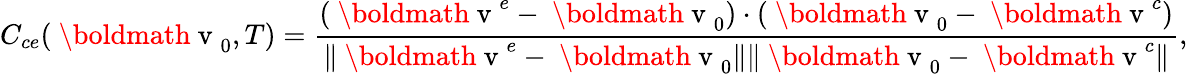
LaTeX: C_{ce}(\mathrm{~\boldmath~v~}_{0},T)=\frac{(\mathrm{~\boldmath~v~}^{e}-\mathrm{~\boldmath~v~}_{0})\cdot(\mathrm{~\boldmath~v~}_{0}-\mathrm{~\boldmath~v~}^{c})}{\| \mathrm{~\boldmath~v~}^{e}-\mathrm{~\boldmath~v~}_{0}\| \| \mathrm{~\boldmath~v~}_{0}-\mathrm{~\boldmath~v~}^{c}\| },